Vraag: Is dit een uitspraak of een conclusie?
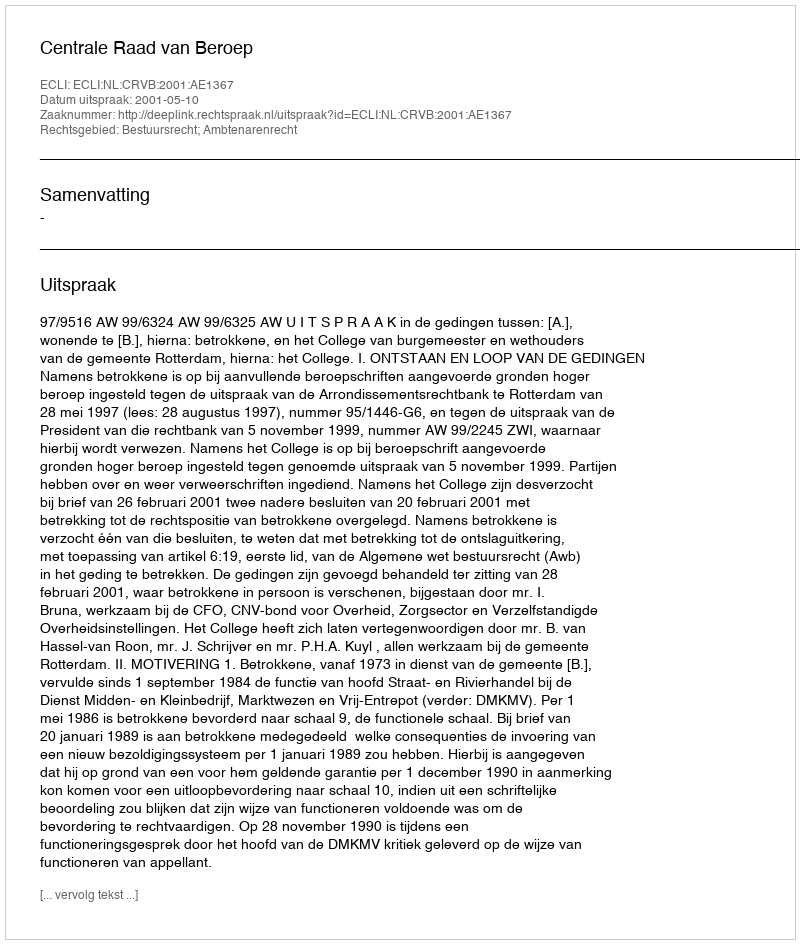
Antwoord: Uitspraak